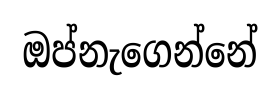
ඔප්නැගෙන්නේ